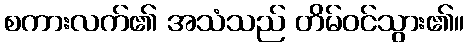
စကားလက်၏ အသံသည် တိမ်ဝင်သွား၏။